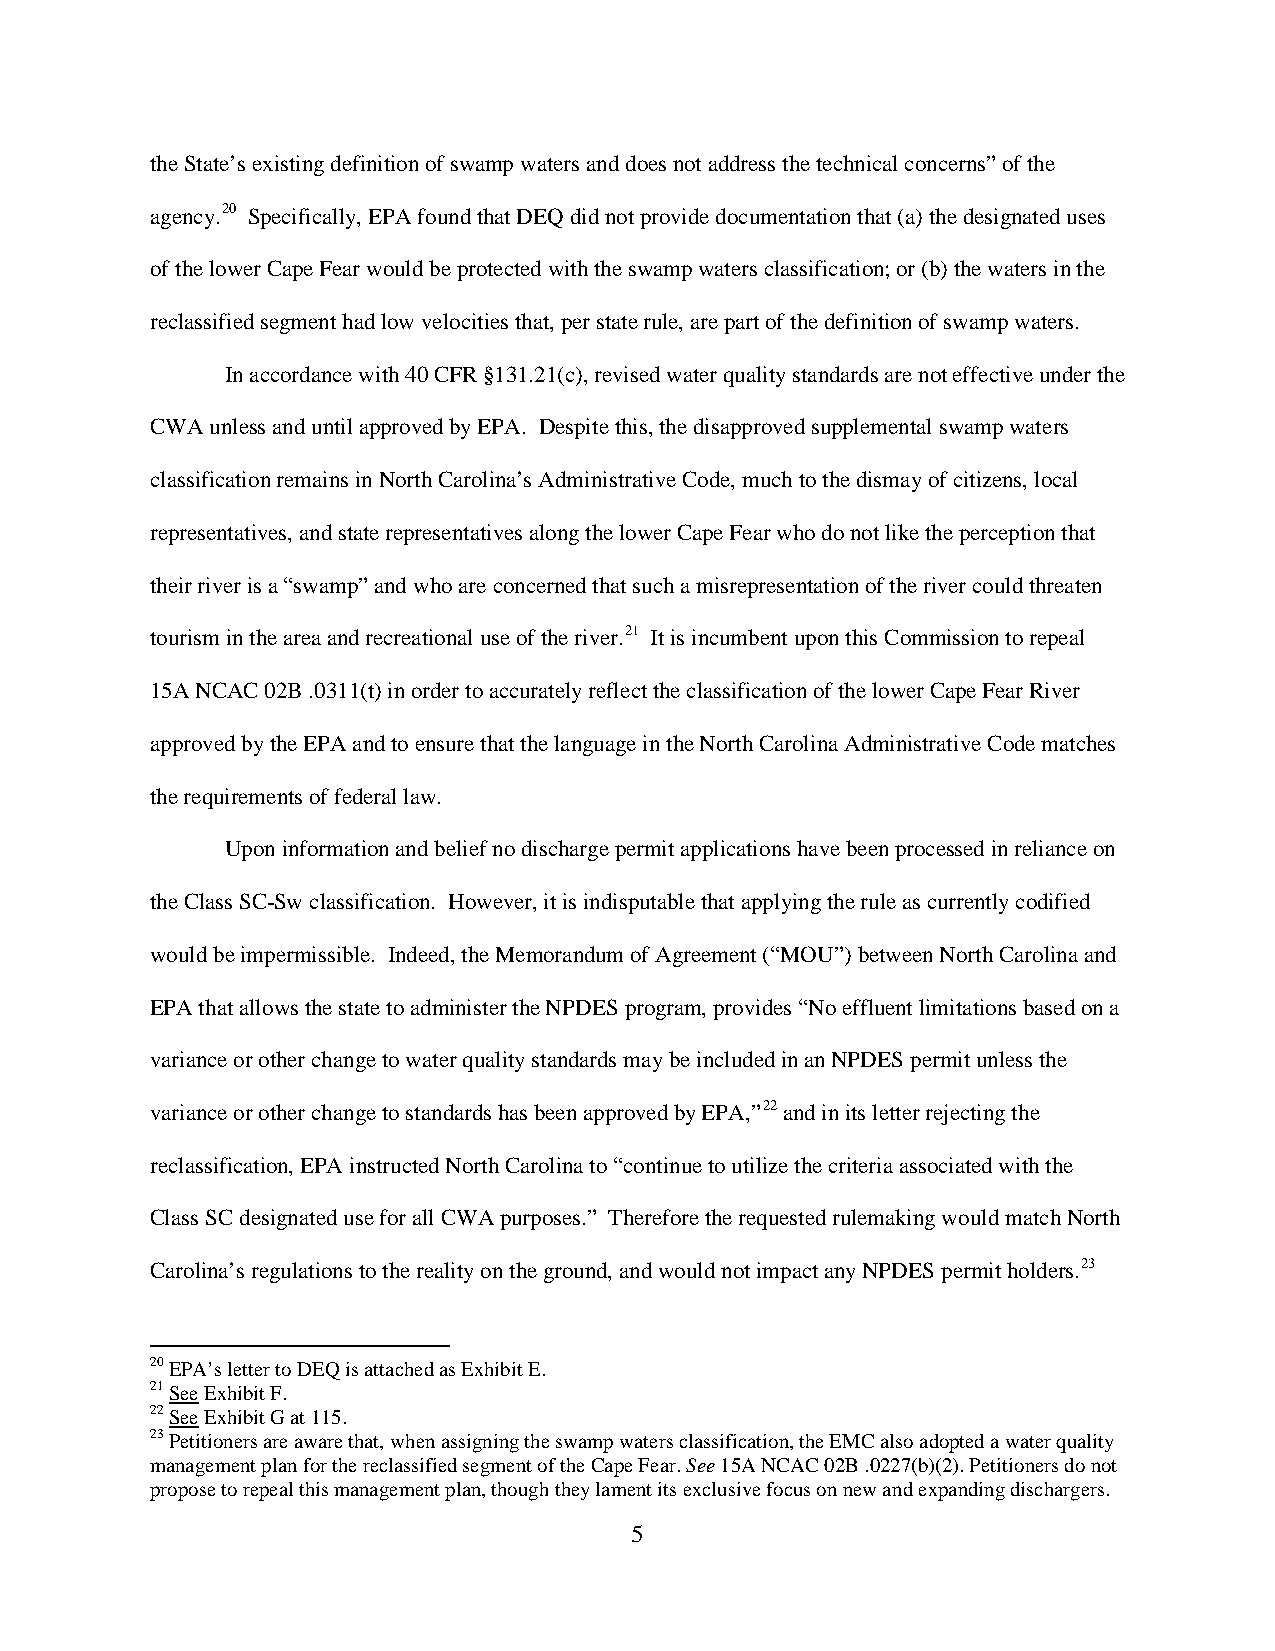
the State’s existing definition of swamp waters and does not address the technical concerns” of the
 agency.20 Specifically, EPA found that DEQ did not provide documentation that (a) the designated uses
 of the lower Cape Fear would be protected with the swamp waters classification; or (b) the waters in the
 reclassified segment had low velocities that, per state rule, are part of the definition of swamp waters.
 In accordance with 40 CFR §131.21(c), revised water quality standards are not effective under the
 CWA unless and until approved by EPA. Despite this, the disapproved supplemental swamp waters
 classification remains in North Carolina’s Administrative Code, much to the dismay of citizens, local
 representatives, and state representatives along the lower Cape Fear who do not like the perception that
 their river is a “swamp” and who are concerned that such a misrepresentation of the river could threaten
 tourism in the area and recreational use of the river.21 It is incumbent upon this Commission to repeal
 15A NCAC 02B .0311(t) in order to accurately reflect the classification of the lower Cape Fear River
 approved by the EPA and to ensure that the language in the North Carolina Administrative Code matches
 the requirements of federal law.
 Upon information and belief no discharge permit applications have been processed in reliance on
 the Class SC-Sw classification. However, it is indisputable that applying the rule as currently codified
 would be impermissible. Indeed, the Memorandum of Agreement (“MOU”) between North Carolina and
 EPA that allows the state to administer the NPDES program, provides “No effluent limitations based on a
 variance or other change to water quality standards may be included in an NPDES permit unless the
 variance or other change to standards has been approved by EPA,”22 and in its letter rejecting the
 reclassification, EPA instructed North Carolina to “continue to utilize the criteria associated with the
 Class SC designated use for all CWA purposes.” Therefore the requested rulemaking would match North
 Carolina’s regulations to the reality on the ground, and would not impact any NPDES permit holders.23
 20 EPA’s letter to DEQ is attached as Exhibit E.
 21 See Exhibit F.
 22 See Exhibit G at 115.
 23 Petitioners are aware that, when assigning the swamp waters classification, the EMC also adopted a water quality
 management plan for the reclassified segment of the Cape Fear. See 15A NCAC 02B .0227(b)(2). Petitioners do not
 propose to repeal this management plan, though they lament its exclusive focus on new and expanding dischargers.
 5